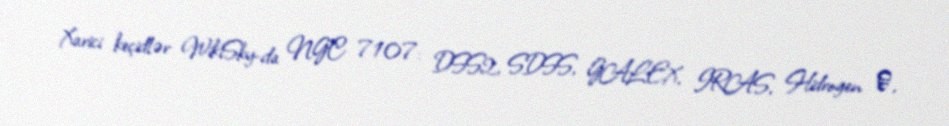
Xarici keçidlər WikiSky-da NGC 7107: DSS2, SDSS, GALEX, IRAS, Hidrogen α,